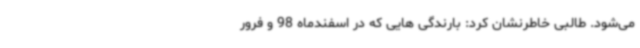
می‌شود. طالبی خاطرنشان کرد: بارندگی هایی که در اسفندماه 98 و فرور